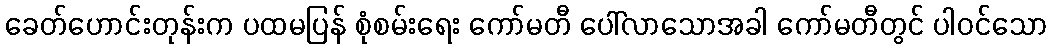
ခေတ်ဟောင်းတုန်းက ပထမပြန် စုံစမ်းရေး ကော်မတီ ပေါ်လာသောအခါ ကော်မတီတွင် ပါဝင်သော